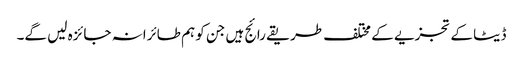
ڈیٹا کے تجزیے کے مختلف طریقے رائج ہیں جن کو ہم طائرانہ جائزہ لیں گے۔